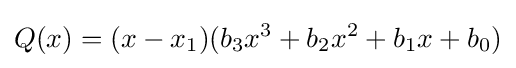
Q(x)=(x-x_{1})(b_{3}x^{3}+b_{2}x^{2}+b_{1}x+b_{0})